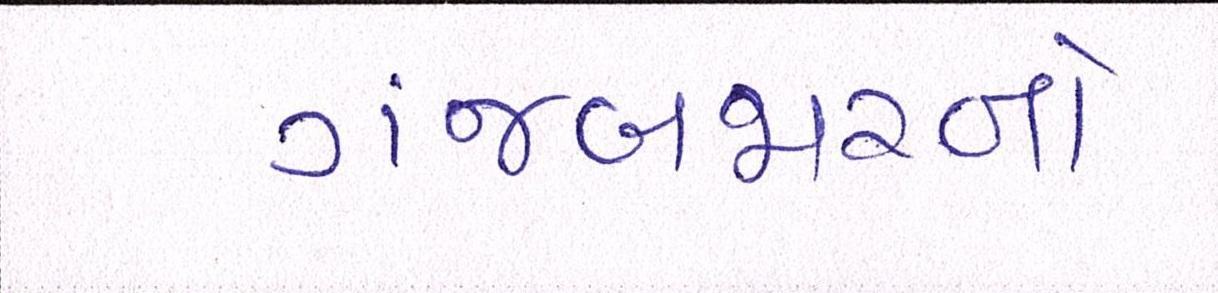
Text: ગંજબજારનો